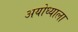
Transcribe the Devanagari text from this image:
अयोध्याला